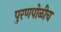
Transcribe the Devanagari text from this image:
पुरणपोळीच